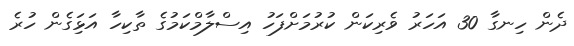
ދެން ހިނގާ 30 އަހަރު ވެރިކަން ކުރުމަށްފަހު އިސްލާމްކަމުގެ ތާކިހާ އަޅަިގެން ހުރެ